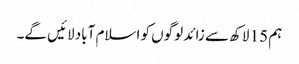
ہم 15 لاکھ سے زائد لوگوں کو اسلام آباد لائیں گے۔